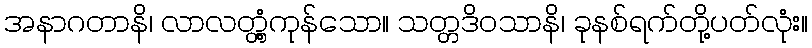
အနာဂတာနိ၊ လာလတ္တံ့ကုန်သော။ သတ္တဒိဝသာနိ၊ ခုနစ်ရက်တို့ပတ်လုံး။